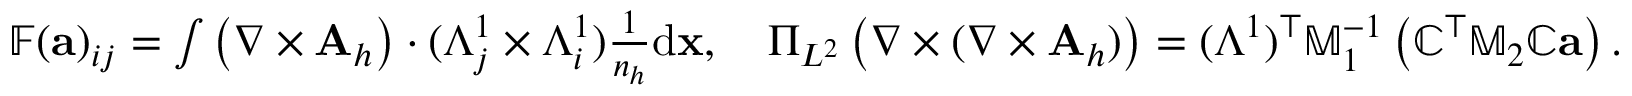
\begin{array} { r l } & { \mathbb { F } ( { \mathbf a } ) _ { i j } = \int \left( \nabla \times { \mathbf A } _ { h } \right) \cdot ( \Lambda _ { j } ^ { 1 } \times \Lambda _ { i } ^ { 1 } ) \frac { 1 } { n _ { h } } \mathrm { d } { \mathbf x } , \quad \Pi _ { L ^ { 2 } } \left( { \nabla } \times ( { \nabla } \times { \mathbf A } _ { h } ) \right) = ( \mathbb { \Lambda } ^ { 1 } ) ^ { \top } \mathbb { M } _ { 1 } ^ { - 1 } \left( \mathbb { C } ^ { \top } \mathbb { M } _ { 2 } \mathbb { C } { \mathbf a } \right) . } \end{array}